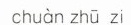
chuan zhu zi